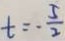
t = - \frac { 5 } { 2 }